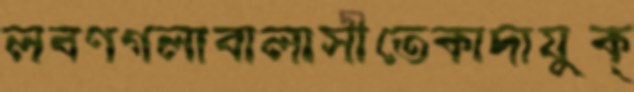
লবণগলাবালাসীতেকাদাযুক্